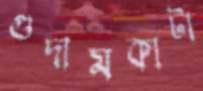
গুদামকাটা